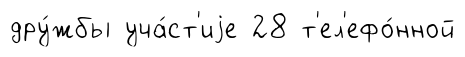
дру́жбы уча́ст'иjе 28 т'ел'ефо́нной